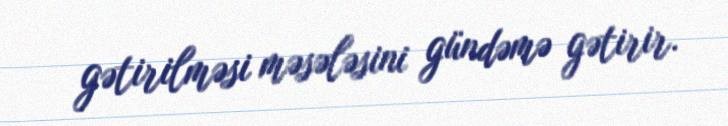
gətirilməsi məsələsini gündəmə gətirir.